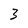
Character: 3